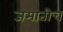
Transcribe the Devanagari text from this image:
जमातीच